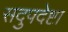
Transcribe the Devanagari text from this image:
सदुपदेष्टा